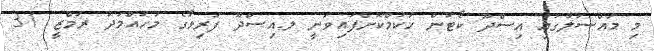
މި މައްސަލާގައި އިސްދޫ ކޯޓުން ހުކުމްކޮށްފައިވަނީ ލ.އިސްދޫ ފަރިވާގެ މުހައްމަދު ރަމްޒީ 31